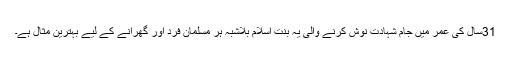
31سال کی عمر میں جامِ شہادت نوش کرنے والی یہ بنتِ اسلام بلاشبہ ہر مسلمان فرد اور گھرانے کے لیے بہترین مثال ہے۔